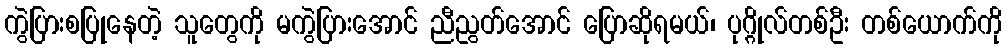
ကွဲပြားစပြုနေတဲ့ သူတွေကို မကွဲပြားအောင် ညီညွတ်အောင် ပြောဆိုရမယ်၊ ပုဂ္ဂိုလ်တစ်ဦး တစ်ယောက်ကို